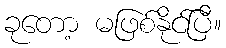
ခုတော့ မဖြစ်နိုင်ပြီ။